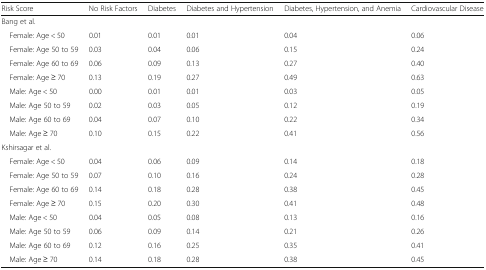
| Risk Score | No Risk Factors | Diabetes | Diabetes and Hypertension | Diabetes, Hypertension, and Anemia | Cardiovascular Disease |
 | --- | --- | --- | --- | --- | --- |
 | <COLSPAN=6> Bang et al. |
 | Female: Age < 50 | 0.01 | 0.01 | 0.01 | 0.04 | 0.06 |
 | Female: Age 50 to 59 | 0.03 | 0.04 | 0.06 | 0.15 | 0.24 |
 | Female: Age 60 to 69 | 0.06 | 0.09 | 0.13 | 0.27 | 0.40 |
 | Female: Age ≥ 70 | 0.13 | 0.19 | 0.27 | 0.49 | 0.63 |
 | Male: Age < 50 | 0.00 | 0.01 | 0.01 | 0.03 | 0.05 |
 | Male: Age 50 to 59 | 0.02 | 0.03 | 0.05 | 0.12 | 0.19 |
 | Male: Age 60 to 69 | 0.04 | 0.07 | 0.10 | 0.22 | 0.34 |
 | Male: Age ≥ 70 | 0.10 | 0.15 | 0.22 | 0.41 | 0.56 |
 | <COLSPAN=6> Kshirsagar et al. |
 | Female: Age < 50 | 0.04 | 0.06 | 0.09 | 0.14 | 0.18 |
 | Female: Age 50 to 59 | 0.07 | 0.10 | 0.16 | 0.24 | 0.28 |
 | Female: Age 60 to 69 | 0.14 | 0.18 | 0.28 | 0.38 | 0.45 |
 | Female: Age ≥ 70 | 0.15 | 0.20 | 0.30 | 0.41 | 0.48 |
 | Male: Age < 50 | 0.04 | 0.05 | 0.08 | 0.13 | 0.16 |
 | Male: Age 50 to 59 | 0.06 | 0.09 | 0.14 | 0.21 | 0.26 |
 | Male: Age 60 to 69 | 0.12 | 0.16 | 0.25 | 0.35 | 0.41 |
 | Male: Age ≥ 70 | 0.14 | 0.18 | 0.28 | 0.38 | 0.45 |